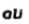
ناه